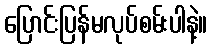
ပြောင်းပြန်မလုပ်စမ်းပါနဲ့။